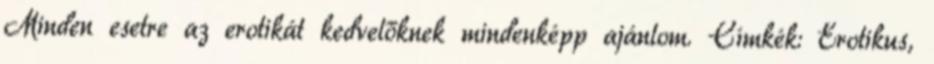
Minden esetre az erotikát kedvelőknek mindenképp ajánlom. Címkék: Erotikus,